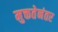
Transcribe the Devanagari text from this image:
मुक्ततेनंतर